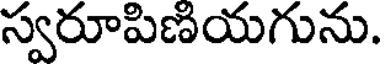
స్వరూపిణియగును.